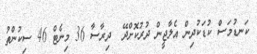
ކަނޑުމަސް ކުޑަކުދިން އެލާޖީން ދުރުކޮށްދޭ  ދިރާސާ 36 މިނެޓް 46 ސިކުންތު